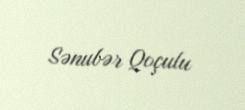
Sənubər Qoçulu